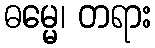
ဓမ္မေ၊ တရား